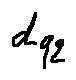
d _ { q 2 }